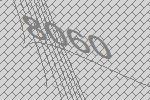
8060